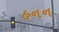
હનન